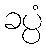
ခပ္ပံ